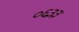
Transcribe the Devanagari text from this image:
०६३३